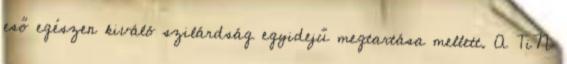
eső egészen kiváló szilárdság egyidejű megtartása mellett. A TiN